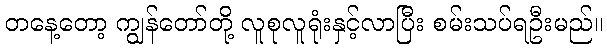
တနေ့တော့ ကျွန်တော်တို့ လူစုလူရုံးနှင့်လာပြီး စမ်းသပ်ရဦးမည်။